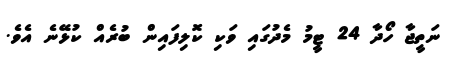
ނަތީޖާ ހޯދާ 24 ޓީމު މެދުގައި ވަކި ކޮލިފައިން ބުރެއް ކުޅޭނެ އެވެ.